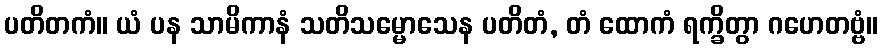
ပတိတကံ။ ယံ ပန သာမိကာနံ သတိသမ္မောသေန ပတိတံ, တံ ထောကံ ရက္ခိတွာ ဂဟေတဗ္ဗံ။